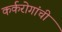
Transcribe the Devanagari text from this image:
कर्करोगांची